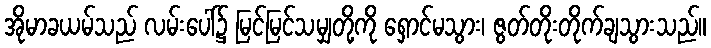
အိုမာခယမ်သည် လမ်းပေါ်၌ မြင်မြင်သမျှတို့ကို ရှောင်မသွား၊ ဇွတ်တိုးတိုက်ချသွားသည်။